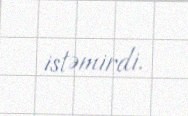
istəmirdi.